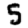
Digit: 5